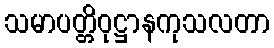
သမာပတ္တိဝုဋ္ဌာနကုသလတာ